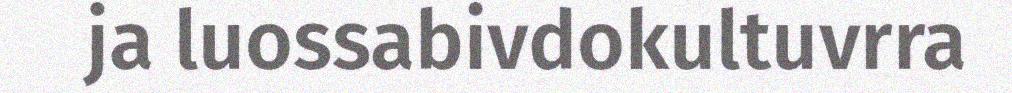
ja luossabivdokultuvrra